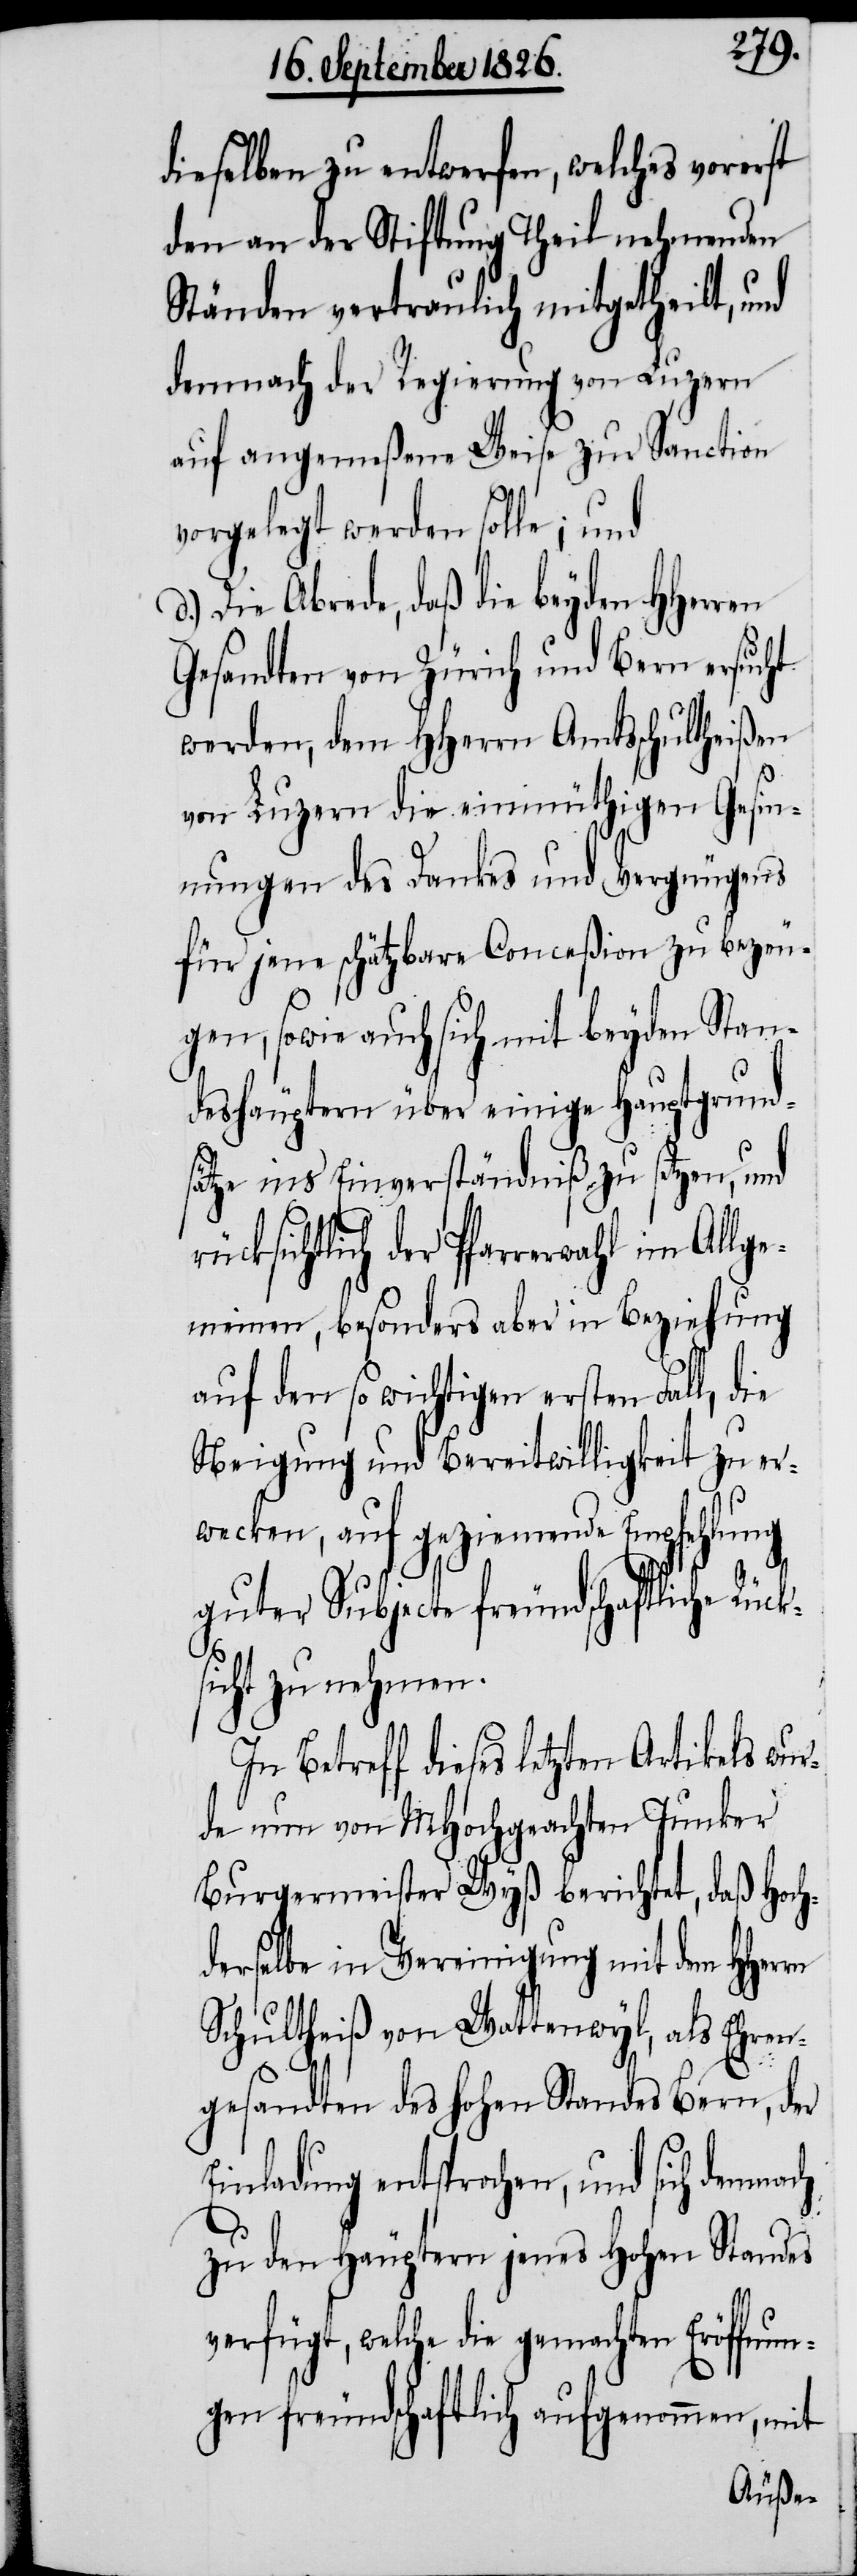
k¬
dieselben zu entwerfen, welches vorerst
den an der Stiftung Theil nehmenden
Ständen vertraulich mitgetheilt, und
demnach der Regierung von Luzern
auf angemeßene Weise zur Sanction
vorgelegt werden solle; und
Die Abrede, daß die beyden HHerren
Gesandten von Zürich und Bern ersucht
werden, dem HHerrn Amtsschultheißen
von Luzern die einmüthigen Gesin¬
nungen des Dankes und Vergnügens
für jene schätzbare Conceßion zu bezeu¬
gen, sowie auch sich mit beyden Stan¬
deshäuptern über einige Hauptgrund¬
sätze ins Einverständniß zu setzen, und
meinen, besonders aber in Beziehung
auf den so wichtigen ersten Fall, die
Neigung und Bereitwilligkeit zu er¬
wecken, auf geziemende Empfehlung
guter Subjecte freundschaftliche Rüc¬
sicht zu nehmen.
In Betreff dieses letzten Artikels wu¬
rde nun von MHochgeachten Junker
Burgermeister Wyß berichtet, daß Hoch¬
derselbe in Vereinigung mit dem HHerrn
Schultheiß von Wattenwyl, als Ehren¬
gesandten des hohen Standes Bern, der
Einladung entsprochen, und sich demnach
zu den Häuptern jenes hohen Standes
verfügt, welche die gemachten Eröffnu¬
ngen freundschaftlich aufgenommen, mit
Allge¬